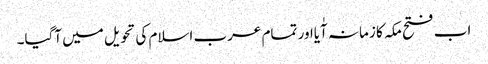
اب فتح مکہ کا زمانہ آٰیااور تمام عرب اسلام کی تحویل میں آگیا۔